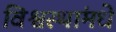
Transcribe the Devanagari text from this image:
विश्वस्थांमधे